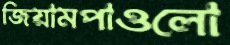
জিয়ামপাওলো